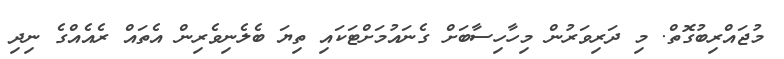
މުޖައްރިބުގޮތް. މި ދަރިވަރުން މިހާހިސާބަށް ގެނައުމަށްޓަކައި ތިޔަ ބެލެނިވެރިން އެތައް ރެއެއްގެ ނިދި